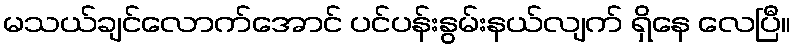
မသယ်ချင်လောက်အောင် ပင်ပန်းနွမ်းနယ်လျက် ရှိနေ လေပြီ။